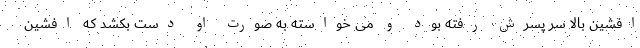
افشین بالا سر پسرش رفته بود و می خواسته به صورت او دست بکشد که افشین